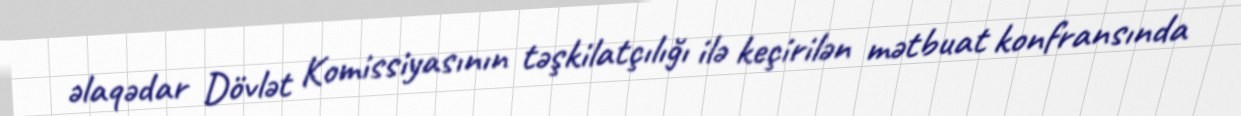
əlaqədar Dövlət Komissiyasının təşkilatçılığı ilə keçirilən mətbuat konfransında